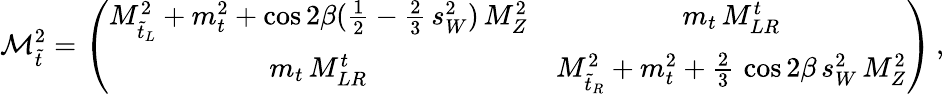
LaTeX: {\cal M}_{\tilde{t}}^{2}=\left(\begin{array}{cc}{{M_{\tilde{t}_{L}}^{2}+m_{t}^{2}+\cos{2\beta}({\frac{1}{2}}-{\frac{2}{3}}\, s_{W}^{2})\, M_{Z}^{2}}}&{{m_{t}\, M_{LR}^{t}}}\\ {{m_{t}\, M_{LR}^{t}}}&{{M_{\tilde{t}_{R}}^{2}+m_{t}^{2}+{\frac{2}{3}}\, \cos{2\beta}\, s_{W}^{2}\, M_{Z}^{2}}}\end{array}\right)\, ,